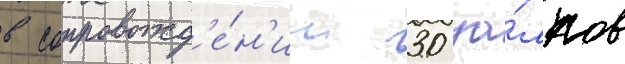
в сопровожд'е́н'ии 30 за́лпов